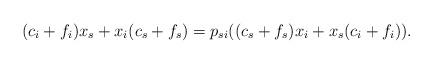
LaTeX: \begin{align*}(c_i+f_i)x_s+x_i(c_s+f_s)=p_{si}((c_s+f_s)x_i+x_s(c_i+f_i)).\end{align*}